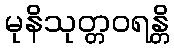
မုနိသုတ္တဝရန္တိ